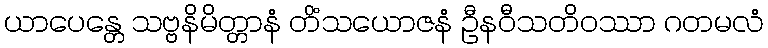
ယာပေန္တေ သဗ္ဗနိမိတ္တာနံ တိံသယောဇနံ ဦနဝီသတိဝဿာ ဂတမလံ